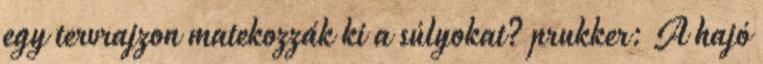
egy tervrajzon matekozzák ki a súlyokat? prukker: A hajó